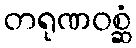
တရုဏဝစ္ဆံ